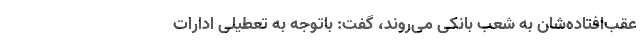
عقب‌افتاده‌شان به شعب بانکی می‌روند، گفت: باتوجه به تعطیلی ادارات